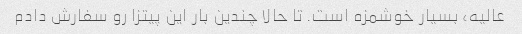
عالیه، بسیار خوشمزه است. تا حالا چندین بار این پیتزا رو سفارش دادم